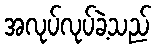
အလုပ်လုပ်ခဲ့သည်